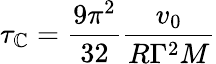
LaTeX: \tau_{\mathbb{C}}={\frac{{9\pi^{2}}}{{32}}}{\frac{{v_{0}}}{{R\Gamma^{2}M}}}